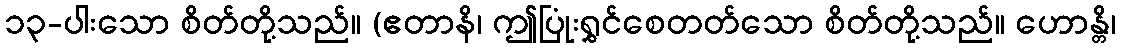
၁၃-ပါးသော စိတ်တို့သည်။ (ဧတာနိ၊ ဤပြုံးရွှင်စေတတ်သော စိတ်တို့သည်။ ဟောန္တိ၊